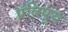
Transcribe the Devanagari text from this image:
प्रतिपूय